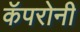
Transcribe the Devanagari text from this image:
कॅपरोनी